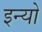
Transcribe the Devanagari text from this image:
इन्यो